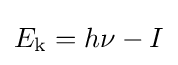
E_{\text{k}}=h\nu -I